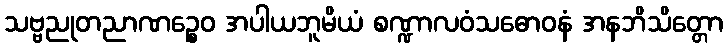
သဗ္ဗညုတညာဏဉ္စေဝ အပါယဘူမိယံ စဏ္ဍာလဝံသဓောဝနံ အနဘိသိတ္တော